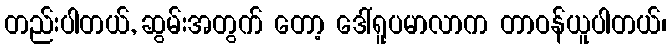
တည်းပါတယ်, ဆွမ်းအတွက် တော့ ဒေါ်ရူပမာလာက တာဝန်ယူပါတယ်၊